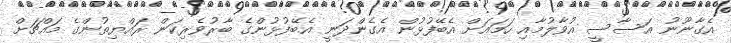
އެގާނޫނު އަސާސީ އުވާލުމާއި ހަމައަށް އެބޭފުޅުން އެގެންދަނީ އެބޭފުޅުންގެ ބާރުވެރިކަން ރައްޔިތުންގެ މައްޗަށް